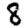
Digit: 8